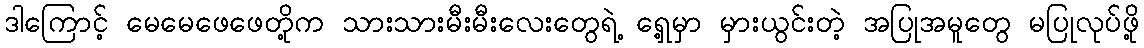
ဒါကြောင့် မေမေဖေဖေတို့က သားသားမီးမီးလေးတွေရဲ့ ရှေ့မှာ မှားယွင်းတဲ့ အပြုအမူတွေ မပြုလုပ်ဖို့